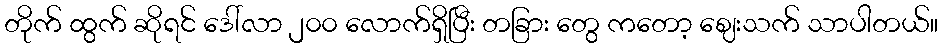
တိုက် ထွက် ဆိုရင် ဒေါ်လာ ၂၀၀ လောက်ရှိပြီး တခြား တွေ ကတော့ ဈေးသက် သာပါတယ်။